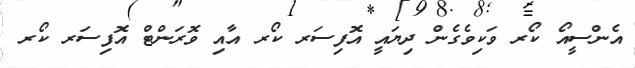
އެންސީއޯ ކޯރ ވަކިވެގެން ދިޔައީ އޮފިސަރ ކޯރ އާއި ވޮރަންޓް އޮފިސަރ ކޯރ